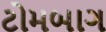
ટોમબાગ